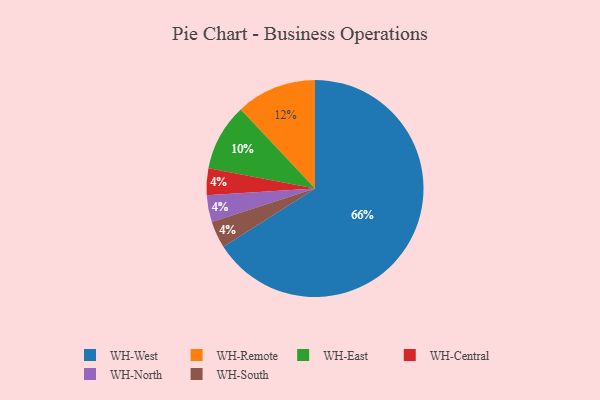
{"axis": {"x": "Category", "y": "Percentage"}, "legend": ["WH-Central", "WH-East", "WH-North", "WH-Remote", "WH-South", "WH-West"], "data": [{"x": "WH-West", "y": 66, "type": "WH-West"}, {"x": "WH-Central", "y": 4, "type": "WH-Central"}, {"x": "WH-Remote", "y": 12, "type": "WH-Remote"}, {"x": "WH-East", "y": 10, "type": "WH-East"}, {"x": "WH-North", "y": 4, "type": "WH-North"}, {"x": "WH-South", "y": 4, "type": "WH-South"}]}